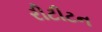
રીટીટન